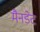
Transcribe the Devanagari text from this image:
मैनडेट